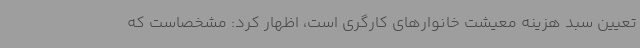
تعیین سبد هزینه معیشت خانوارهای کارگری است، اظهار کرد: مشخصاست که